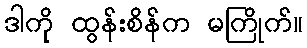
ဒါကို ထွန်းစိန်က မကြိုက်။